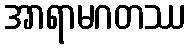
အာရာမဂတဿ